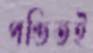
পণ্ডিতই